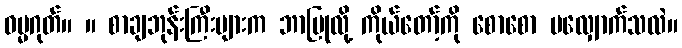
ဓမ္မဂုတ်။ ။ စာချဘုန်းကြီးများက ဘာပြုလို့ ကိုယ်တော့်ကို စောစော မလျှောက်သလဲ။